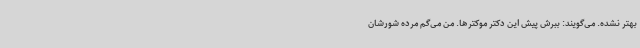
بهتر نشده. می‌گویند: ببرش پیش این دکتر موکترها. من می‌گم مرده شورشان